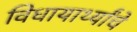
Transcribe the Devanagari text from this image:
विधायार्थ्यांचे